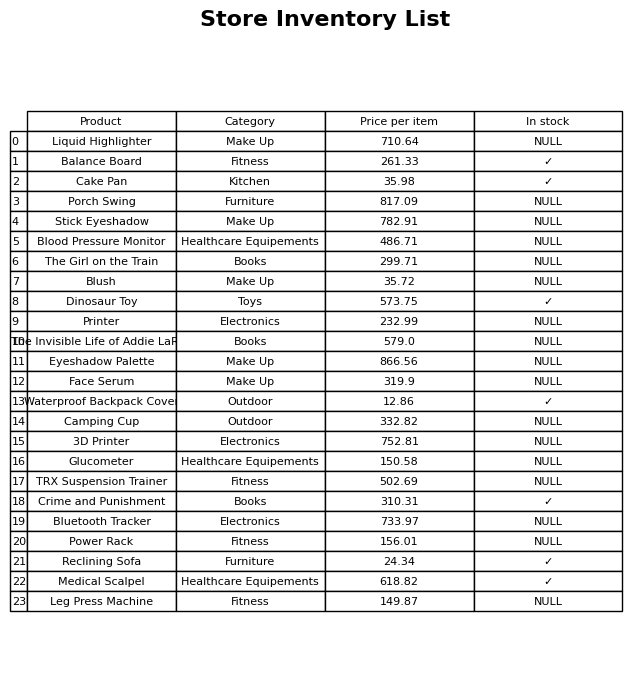
question: What category does the Glucometer belong to?
answer: Healthcare Equipements